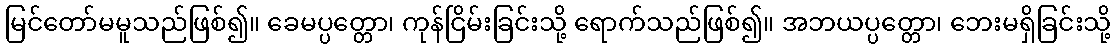
မြင်တော်မမူသည်ဖြစ်၍။ ခေမပ္ပတ္တော၊ ကုန်ငြိမ်းခြင်းသို့ ရောက်သည်ဖြစ်၍။ အဘယပ္ပတ္တော၊ ဘေးမရှိခြင်းသို့